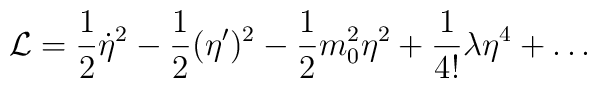
{\cal L}=\frac{1}{2}\dot{\eta}^{2}-\frac{1}{2}(\eta ')^{2}-\frac{1}{2}m_{0}^{2}\eta^{2} +\frac{1}{4!}\lambda\eta^{4}+\ldots